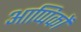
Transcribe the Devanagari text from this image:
आप्पिकों